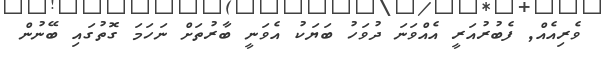
ވެރިއެއް